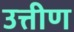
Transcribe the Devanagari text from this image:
उत्तीण